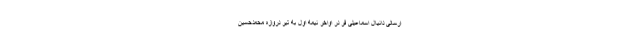
ارسالی دانیال اسماعیلی فر در اواخر نیمه اول به تیر دروازه محمدحسین